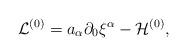
LaTeX: \begin{align*}{\cal L}^{(0)} = a_{\alpha}\partial_0{\xi}^{\alpha} - {\cal H}^{(0)},\end{align*}